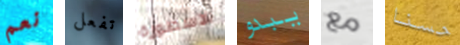
نعم تفعل الاسطورة يبدو مع حسنا